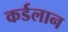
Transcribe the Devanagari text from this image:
कर्डलान